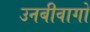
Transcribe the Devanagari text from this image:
उनबीवागो